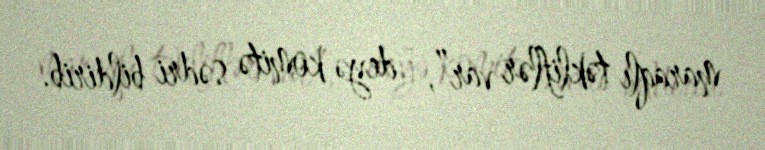
maraqlı təkliflər var”, - deyə komitə sədri bildirib.